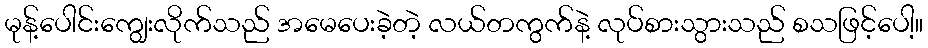
မုန့်ပေါင်းကျွေးလိုက်သည် အမေပေးခဲ့တဲ့ လယ်တကွက်နဲ့ လုပ်စားသွားသည် စသဖြင့်ပေါ့။